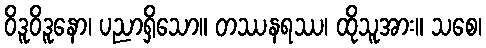
ဝိဒူဝိဒူနော၊ ပညာရှိသော။ တဿနရဿ၊ ထိုသူအား။ သစေ၊